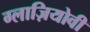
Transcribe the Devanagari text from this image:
ग्लाज़ियोवी